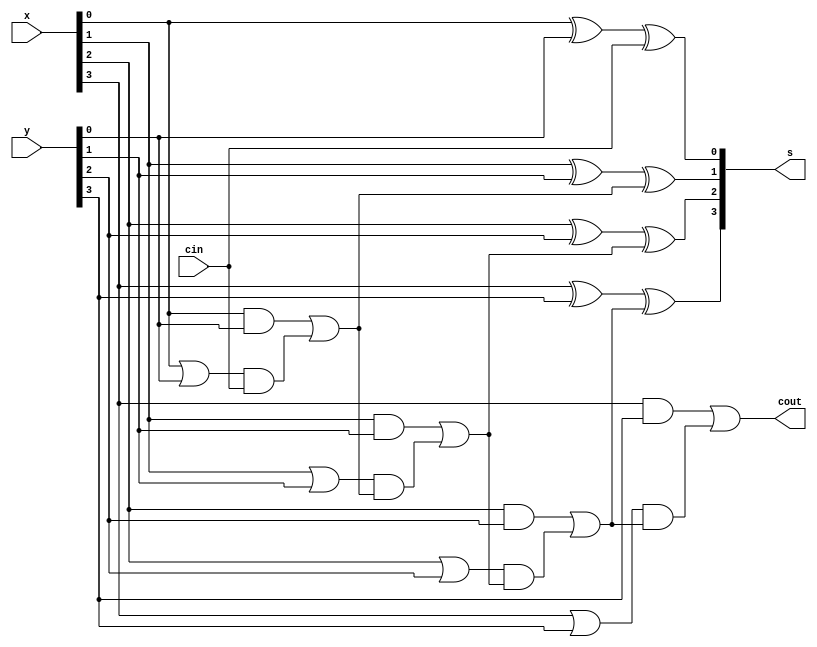
`timescale 1ns / 1ps
//////////////////////////////////////////////////////////////////////////////////
// Company: 
// Engineer: 
// 
// Design Name: 
// Module Name: CLA_4
// Project Name: 
// Target Devices: 
// Tool Versions: 
// Description: 
// 
// Dependencies: 
// 
// Revision:
// Revision 0.01 - File Created
// Additional Comments:
// 
//////////////////////////////////////////////////////////////////////////////////


module CLA_4(x,y,cin,s,cout);
input [3:0]x,y;
input cin;
output [3:0]s;
output cout;
and i0(g0,x[0],y[0]);
and i1(g1,x[1],y[1]);
and i3(g2,x[2],y[2]);
and i4(g3,x[3],y[3]);
or i5(p0,x[0],y[0]);
or i6(p1,x[1],y[1]);
or i7(p2,x[2],y[2]);
or i8(p3,x[3],y[3]);
and i9(f0,p0,cin);    //fp*cin
or i10(cout0,g0,f0);
and i11(f1,p1,cout0);
or i12(cout1,g1,f1);
and i13(f2,p2,cout1);
or i14(cout2,g2,f2);
and i15(f3,p3,cout2);
or i16(cout,g3,f3);
xor i21(s[0],x[0],y[0],cin);
xor i22(s[1],x[1],y[1],cout0);
xor i23(s[2],x[2],y[2],cout1);
xor i24(s[3],x[3],y[3],cout2);
endmodule